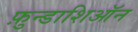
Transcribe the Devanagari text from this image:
फ़ुन्डाशिऑन